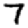
Digit: 7